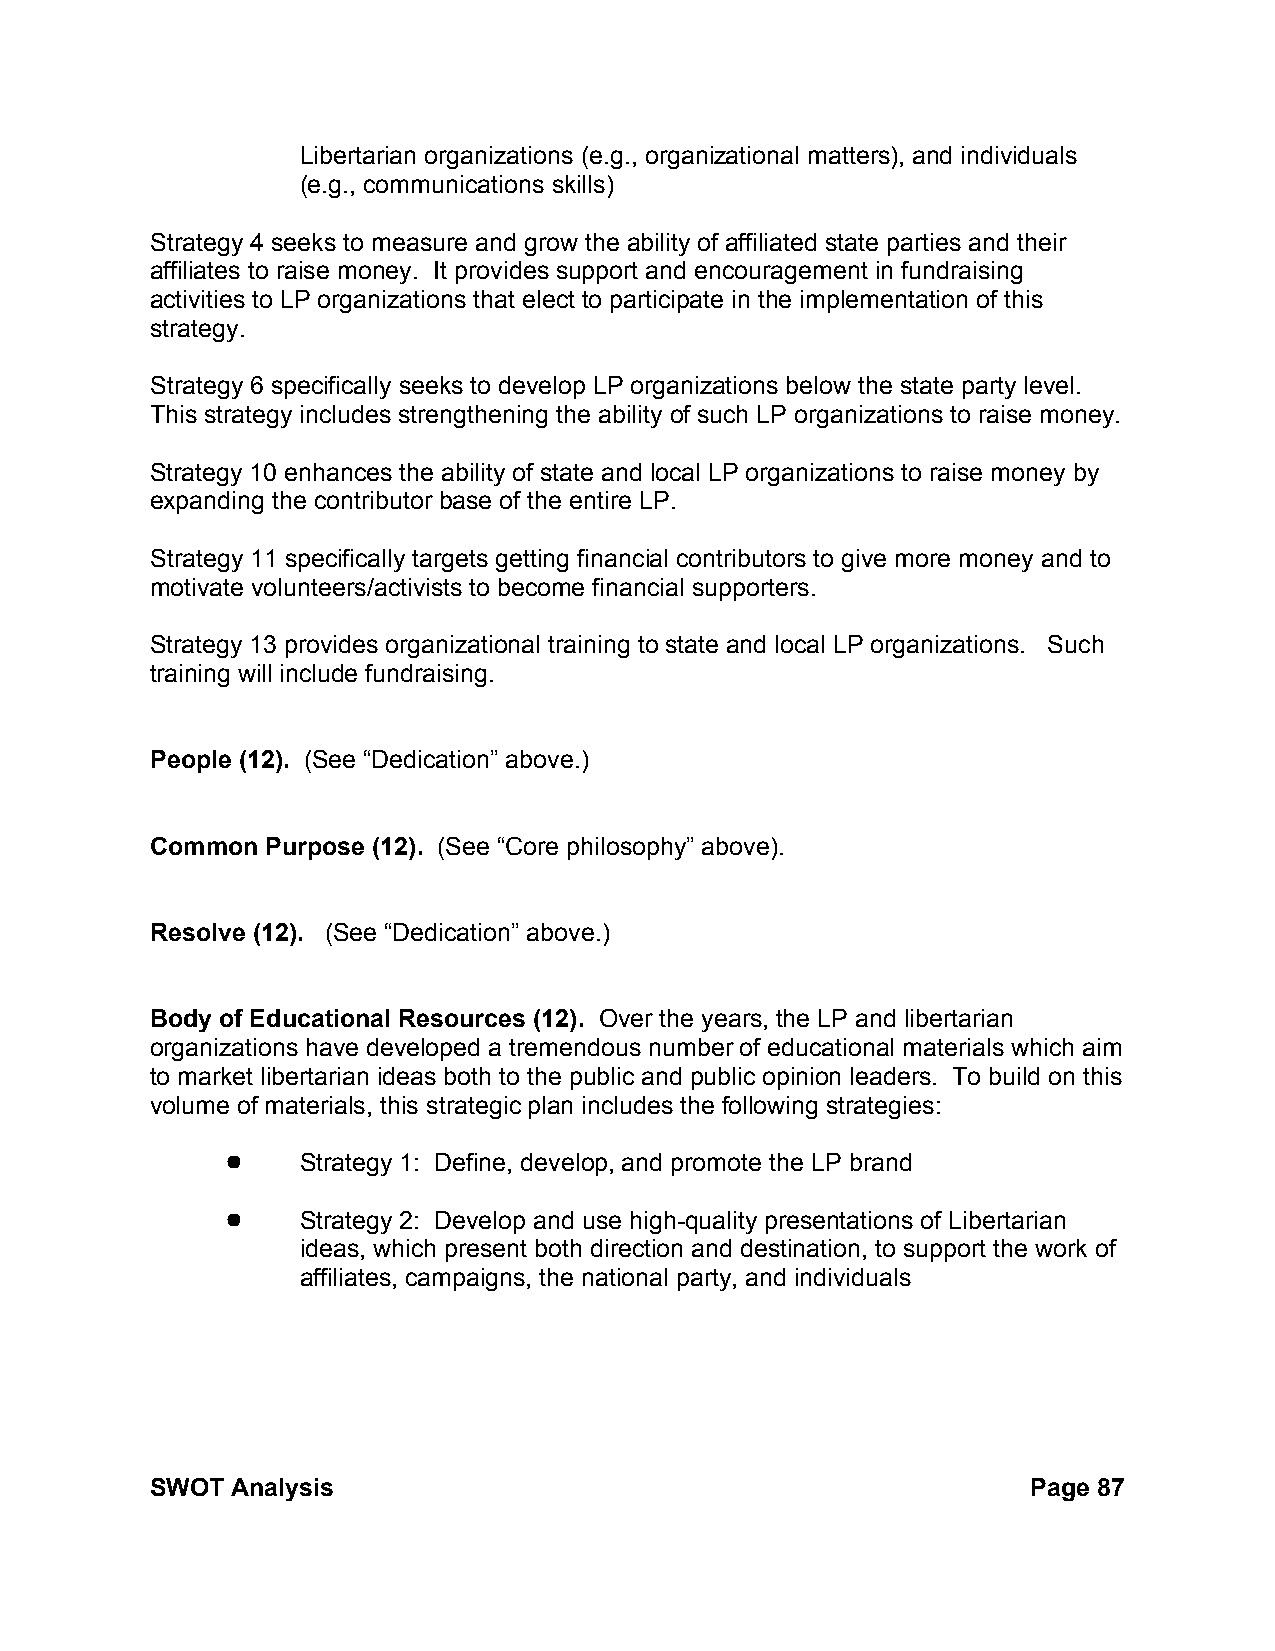
Libertarian organizations (e.g., organizational matters), and individuals
 (e.g., communications skills)
 Strategy 4 seeks to measure and grow the ability of affiliated state parties and their
 affiliates to raise money. It provides support and encouragement in fundraising
 activities to LP organizations that elect to participate in the implementation of this
 strategy.
 Strategy 6 specifically seeks to develop LP organizations below the state party level.
 This strategy includes strengthening the ability of such LP organizations to raise money.
 Strategy 10 enhances the ability of state and local LP organizations to raise money by
 expanding the contributor base of the entire LP.
 Strategy 11 specifically targets getting financial contributors to give more money and to
 motivate volunteers/activists to become financial supporters.
 Strategy 13 provides organizational training to state and local LP organizations. Such
 training will include fundraising.
 People (12). (See “Dedication” above.)
 Common  Purpose (12). (See “Core philosophy” above).
 Resolve (12). (See “Dedication” above.)
 Body of Educational Resources (12). Over the years, the LP and libertarian
 organizations have developed a tremendous number of educational materials which aim
 to market libertarian ideas both to the public and public opinion leaders. To build on this
 volume of materials, this strategic plan includes the following strategies:
 !    Strategy 1: Define, develop, and promote the LP brand
 !    Strategy 2: Develop and use high-quality presentations of Libertarian
 ideas, which present both direction and destination, to support the work of
 affiliates, campaigns, the national party, and individuals
 SWOT Analysis                                             Page 87